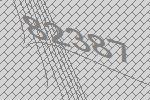
82387